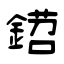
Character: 鍣